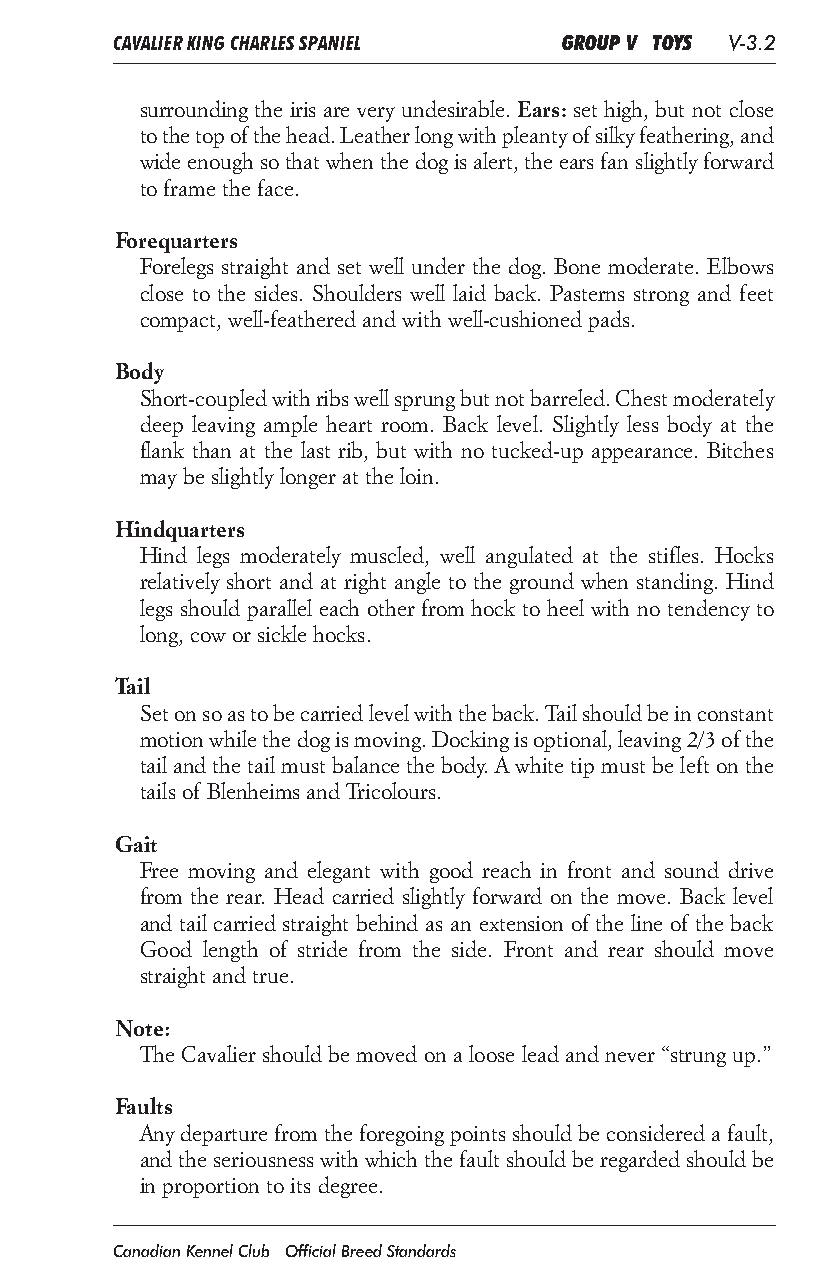
CAVALIER KING CHARLES SPANIEL GROUP V TOYS V-3.2
 surrounding the iris are very undesirable. Ears: set high, but not close
 to the top of the head. Leather long with pleanty of silky feathering, and
 wide enough so that when the dog is alert, the ears fan slightly forward
 to frame the face.
 Forequarters
 Forelegs straight and set well under the dog. Bone moderate. Elbows
 close to the sides. Shoulders well laid back. Pasterns strong and feet
 compact, well-feathered and with well-cushioned pads.
 Body
 Short-coupled with ribs well sprung but not barreled. Chest moderately
 deep leaving ample heart room. Back level. Slightly less body at the
 flank than at the last rib, but with no tucked-up appearance. Bitches
 may be slightly longer at the loin.
 Hindquarters
 Hind legs moderately muscled, well angulated at the stifles. Hocks
 relatively short and at right angle to the ground when standing. Hind
 legs should parallel each other from hock to heel with no tendency to
 long, cow or sickle hocks.
 Tail
 Set on so as to be carried level with the back. Tail should be in constant
 motion while the dog is moving. Docking is optional, leaving 2/3 of the
 tail and the tail must balance the body. A white tip must be left on the
 tails of Blenheims and Tricolours.
 Gait
 Free moving and elegant with good reach in front and sound drive
 from the rear. Head carried slightly forward on the move. Back level
 and tail carried straight behind as an extension of the line of the back
 Good length of stride from the side. Front and rear should move
 straight and true.
 Note:
 The Cavalier should be moved on a loose lead and never “strung up.”
 Faults
 Any departure from the foregoing points should be considered a fault,
 and the seriousness with which the fault should be regarded should be
 in proportion to its degree.
 Canadian Kennel Club Official Breed Standards